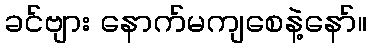
ခင်ဗျား နောက်မကျစေနဲ့နော်။